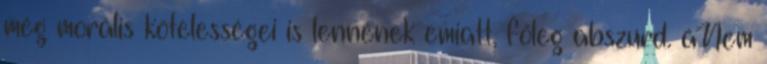
még morális kötelességei is lennének emiatt, főleg abszurd. áNem